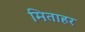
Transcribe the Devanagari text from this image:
मिताहर